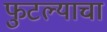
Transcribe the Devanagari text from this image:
फुटल्याचा